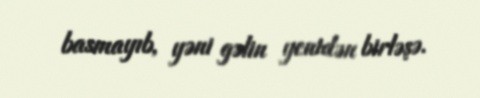
basmayıb, yəni gəlin yenidən birləşə.